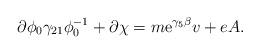
LaTeX: \begin{align*}\partial\phi_0 \gamma_{21} \phi_{0}^{-1} + \partial\chi =m{\rm e}^{\gamma_5 \beta}v + eA .\end{align*}